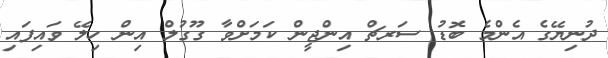
ދުނިޔޭގެ އެންމެ ބޮޑު ސަރޗް އިންޖީން ކަމަށްވާ ގޫގުލް އިން ހިލޭ ވައިފައި